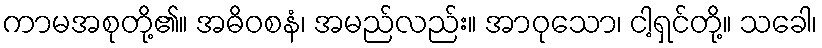
ကာမအစုတို့၏။ အဓိဝစနံ၊ အမည်လည်း။ အာဝုသော၊ ငါ့ရှင်တို့။ သခေါ၊